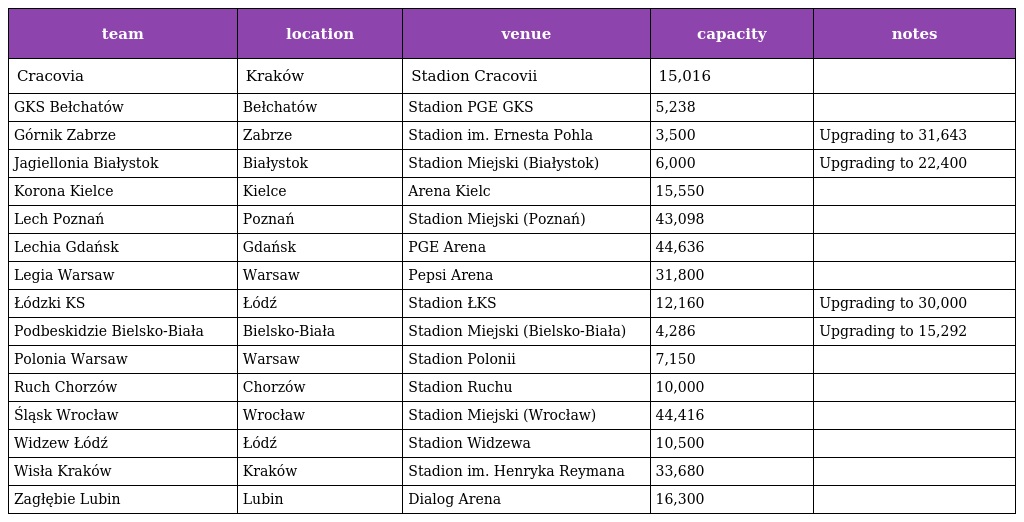
| team | location | venue | capacity | notes |
 | --- | --- | --- | --- | --- |
 | Cracovia | Kraków | Stadion Cracovii | 15,016 |  |
 | GKS Bełchatów | Bełchatów | Stadion PGE GKS | 5,238 |  |
 | Górnik Zabrze | Zabrze | Stadion im. Ernesta Pohla | 3,500 | Upgrading to 31,643 |
 | Jagiellonia Białystok | Białystok | Stadion Miejski (Białystok) | 6,000 | Upgrading to 22,400 |
 | Korona Kielce | Kielce | Arena Kielc | 15,550 |  |
 | Lech Poznań | Poznań | Stadion Miejski (Poznań) | 43,098 |  |
 | Lechia Gdańsk | Gdańsk | PGE Arena | 44,636 |  |
 | Legia Warsaw | Warsaw | Pepsi Arena | 31,800 |  |
 | Łódzki KS | Łódź | Stadion ŁKS | 12,160 | Upgrading to 30,000 |
 | Podbeskidzie Bielsko-Biała | Bielsko-Biała | Stadion Miejski (Bielsko-Biała) | 4,286 | Upgrading to 15,292 |
 | Polonia Warsaw | Warsaw | Stadion Polonii | 7,150 |  |
 | Ruch Chorzów | Chorzów | Stadion Ruchu | 10,000 |  |
 | Śląsk Wrocław | Wrocław | Stadion Miejski (Wrocław) | 44,416 |  |
 | Widzew Łódź | Łódź | Stadion Widzewa | 10,500 |  |
 | Wisła Kraków | Kraków | Stadion im. Henryka Reymana | 33,680 |  |
 | Zagłębie Lubin | Lubin | Dialog Arena | 16,300 |  |